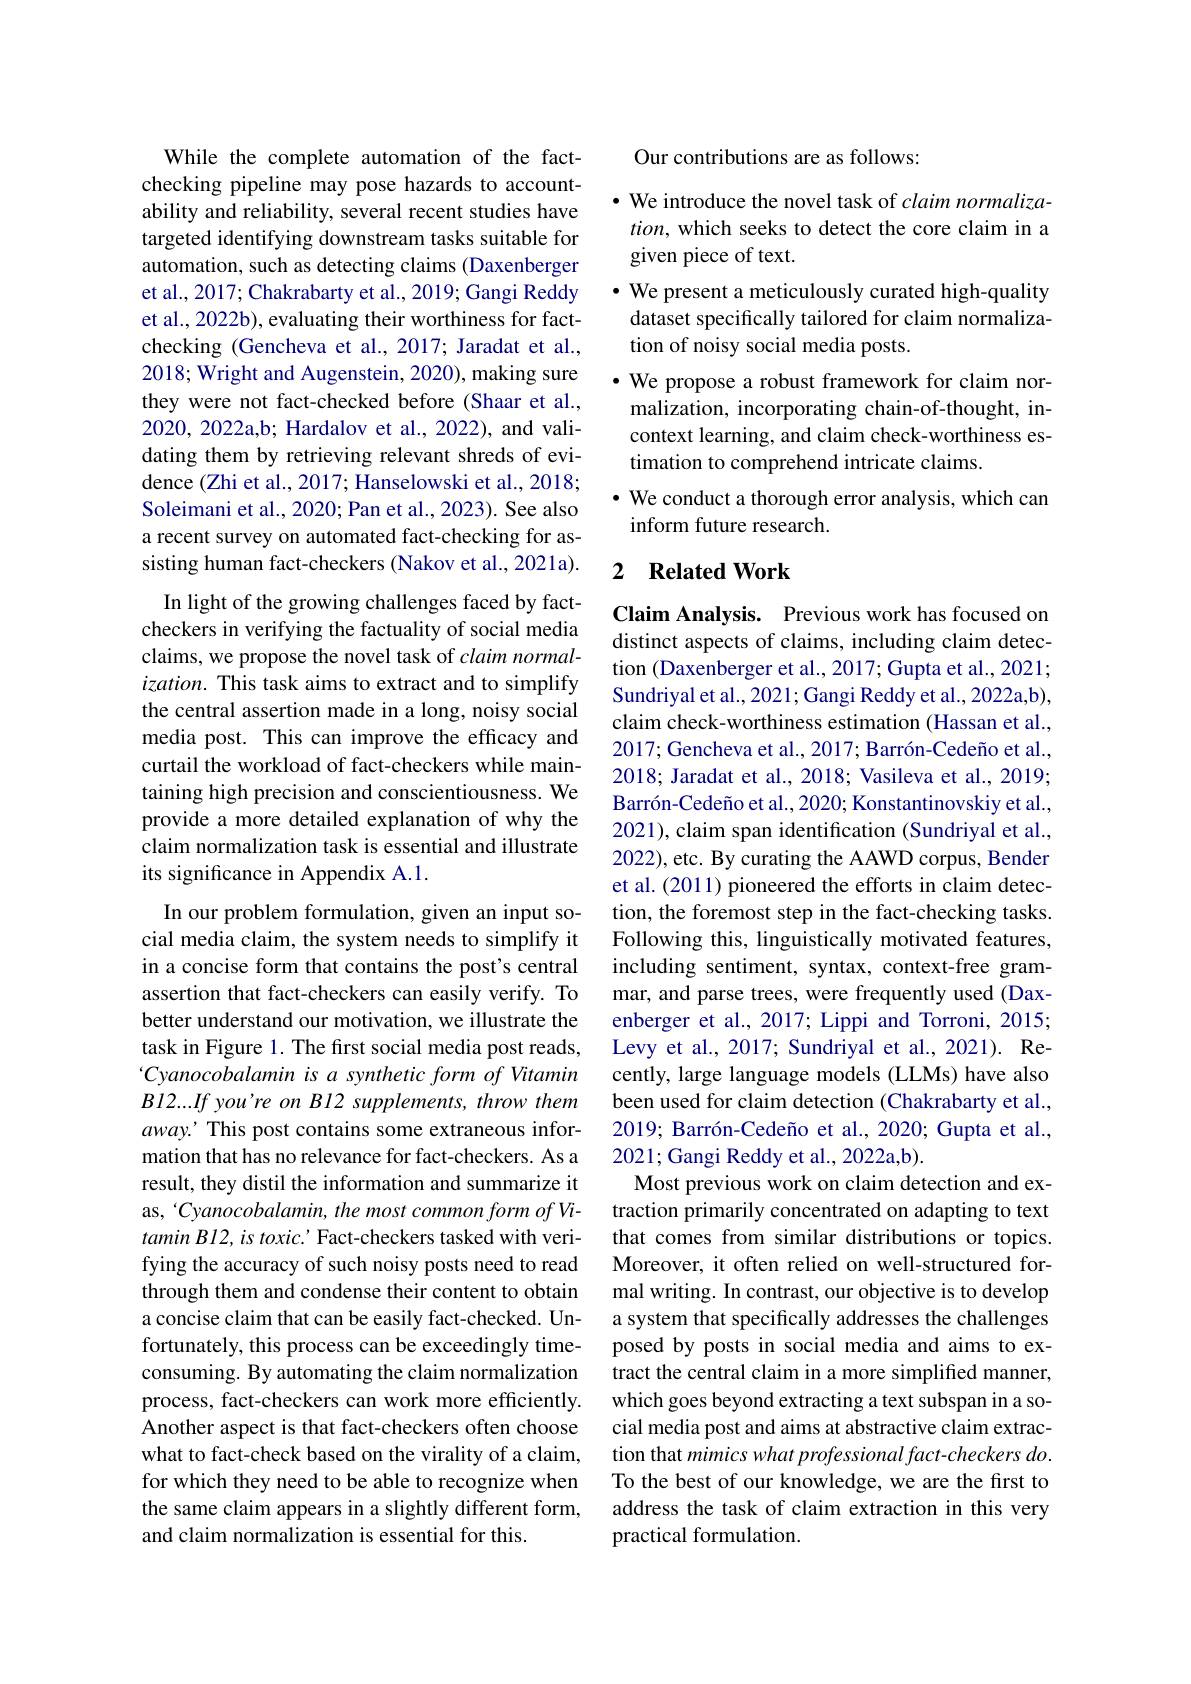
While the complete automation of the factchecking pipeline may pose hazards to accountability and reliability, several recent studies have targeted identifying downstream tasks suitable for automation, such as detecting claims (Daxenberger et al., 2017; Chakrabarty et al., 2019; Gangi Reddy et al., 2022b), evaluating their worthiness for factchecking (Gencheva et al., 2017; Jaradat et al., 2018; Wright and Augenstein, 2020), making sure they were not fact-checked before (Shaar et al., 2020,2022a,b; Hardalov et al., 2022), and validating them by retrieving relevant shreds of evidence (Zhi et al., 2017; Hanselowski et al., 2018; Soleimani et al., 2020; Pan et al., 2023). See also a recent survey on automated fact-checking for assisting human fact-checkers (Nakov et al., 2021a).
In light of the growing challenges faced by factcheckers in verifying the factuality of social media claims, we propose the novel task of claim normal- $ization.$ This task aims to extract and to simplify the central assertion made in a long, noisy social media post. This can improve the efficacy and curtail the workload of fact-checkers while maintaining high precision and conscientiousness. We provide a more detailed explanation of why the claim normalization task is essential and illustrate its significance in Appendix A.1.

In our problem formulation, given an input social media claim, the system needs to simplify it in a concise form that contains the post's central assertion that fact-checkers can easily verify. To better understand our motivation, we illustrate the task in Figure 1. The first social media post reads, Cyanocobalamin is a synthetic form of Vitamin B12....If you're on B12 supplements, throw them away. This post contains some extraneous information that has no relevance for fact-checkers. As a result, they distil the information and summarize it as, 'Cyanocobalamin, the most common form of Vi- $taminB12, is\textit{ toxic. ' Fact- checkers tasked with veri- }$ fying the accuracy of such noisy posts need to read through them and condense their content to obtain a concise claim that can be easily fact-checked. Unfortunately, this process can be exceedingly timeconsuming. By automating the claim normalization process, fact-checkers can work more efficiently. Another aspect is that fact-checkers often choose what to fact-check based on the virality of a claim, for which they need to be able to recognize when the same claim appears in a slightly different form, and claim normalization is essential for this.

Our contributions are as follows:

· We introduce the novel task of claim normaliza- $tion$, which seeks to detect the core claim in a given piece of text.
· We present a meticulously curated high-quality dataset specifically tailored for claim normalization of noisy social media posts.
·We propose a robust framework for claim nor-
malization, incorporating chain-of-thought, incontext learning, and claim check-worthiness estimation to comprehend intricate claims.
· We conduct a thorough error analysis, which can
inform future research.

### 2 $\textbf{Related Work}$

Claim Analysis. Previous work has focused on distinct aspects of claims, including claim detection (Daxenberger et al., 2017; Gupta et al., 2021; Sundriyal et al., 2021; Gangi Reddy et al., 2022a,b), claim check-worthiness estimation (Hassan et al., 2017; Gencheva et al., 2017; Barrón-Cedeño et al., 2018; Jaradat et al., 2018; Vasileva et al., 2019; Barrón-Cedeño et al., 2020; Konstantinovskiy et al., 2021), claim span identification (Sundriyal et al., 2022), etc. By curating the AAWD corpus, Bender et al. (2011) pioneered the efforts in claim detection, the foremost step in the fact-checking tasks. Following this, linguistically motivated features, including sentiment, syntax, context-free grammar, and parse trees, were frequently used (Daxenberger et al., 2017; Lippi and Torroni, 2015; Levy et al., 2017; Sundriyal et al., 2021). Recently, large language models (LLMs) have also been used for claim detection (Chakrabarty et al., 2019; Barrón-Cedeño et al., 2020; Gupta et al., 2021; Gangi Reddy et al., 2022a,b).
Most previous work on claim detection and extraction primarily concentrated on adapting to text that comes from similar distributions or topics. Moreover, it often relied on well-structured formal writing. In contrast, our objective is to develop a system that specifically addresses the challenges posed by posts in social media and aims to extract the central claim in a more simplified manner, which goes beyond extracting a text subspan in a social media post and aims at abstractive claim extraction that mimics what professional fact-checkers do. To the best of our knowledge, we are the first to address the task of claim extraction in this very practical formulation.